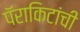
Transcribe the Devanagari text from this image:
पॅराकिटांची